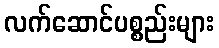
လက်ဆောင်ပစ္စည်းများ